Report of the Indian Hemp Drugs Commission, 1894-1895 - Volume V
Year: 1894
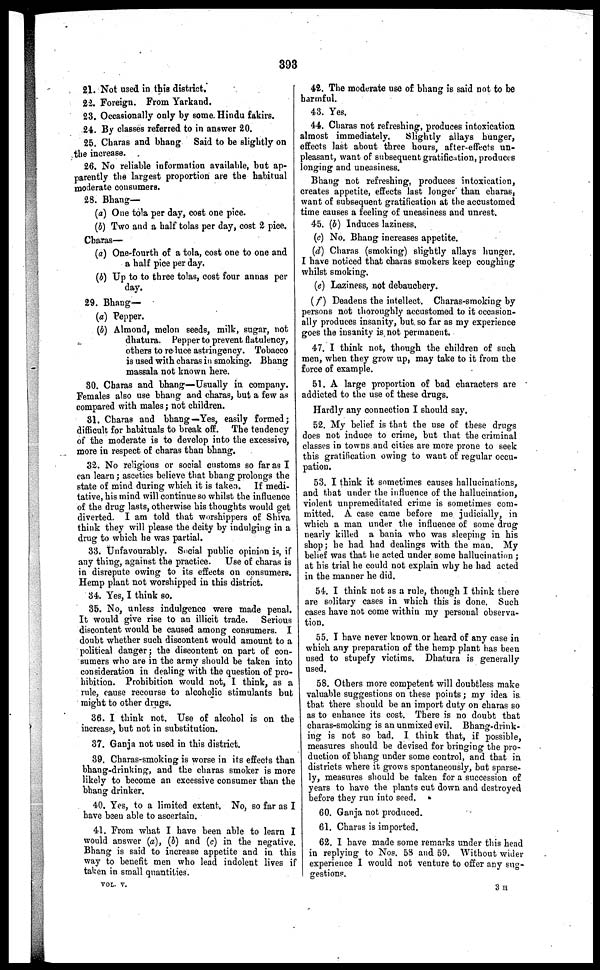
393
21. Not used in this district.
22. Foreign. From Yarkand.
23. Occasionally only by 6ome Hindu fakir6.
24. By classes referred to in answer 20.
25. Charas and bhang Said to be slightly on
the increase.
26. No reliable information available, but ap-
parently the largest proportion are the habitual
moderate consumers.
28. Bhang—
(a) One tola per day, cost one pice.
(b) Two and a half tolas per day, cost 2 pice.
Charas—
(a) One-fourth of a tola, cost one to one and
a half pice per day.
(b) Up to to three tolas, cost four annas per
day.
29. Bhang—
(a) Pepper.
(b) Almond, melon seeds, milk, sugar, not
dhatura. Pepper to prevent flatulency,
others to re luce astringency. Tobacco
is used with charas in smoking. Bhang
massala not known here.
80. Charas and bhang—Usually in company.
Females also use bhang and charas, but a few as
compared with males; not children.
81. Charas and bhang—Yes, easily formed;
difficult for habituals to break off. The tendency
of the moderate is to develop into the excessive,
more in respect of charas than bhang.
32. No religious or social customs so far as I
can learn; ascetics believe that bhang prolongs the
state of mind during which it is taken. If medi-
tative, his mind will continue so whilst the influence
of the drug lasts, otherwise his thoughts would get
diverted. I am told that worshippers of Shiva
think they will please the deity by indulging in a
drug to which he was partial.
33. Unfavourably. Social public opinion is, if
any thing, against the practice. Use of charas is
in disrepute owing to its effects on consumers.
Hemp plant not worshipped in this district.
34. Yes, I think so.
35. No, unless indulgence were made penal.
It would give rise to an illicit trade. Serious
discontent would be caused among consumers. I
doubt whether such discontent would amount to a
political danger; the discontent on part of con-
sumers who are in the army should be taken into
consideration in dealing with the question of pro-
hibition. Prohibition would not, I think, as a
rule, cause recourse to alcoholic stimulants but
might to other drugs.
36. I think not. Use of alcohol is on the
increase, but not in substitution.
37. Ganja not used in this district.
39. Charas-smoking is worse in its effects than
bhang-drinking, and the charas smoker is more
likely to become an excessive consumer than the
bhang drinker.
40. Yes, to a limited extent. No, so far as I
have been able to ascertain.
41. From what I have been able to learn I
would answer (a), (b) and (c) in the negative.
Bhang is said to increase appetite and in this
way to benefit men who lead indolent lives if
taken in small quantities.
VOL. V.
42. The moderate use of bhang is said not to be
harmful.
43. Yes.
44. Charas not refreshing, produces intoxication
almost immediately.
Slightly allays hunger,
effects last about three hours, after-effects un-
pleasant, want of subsequent gratification, produces
longing and uneasiness.
Bhang not refreshing, produces intoxication,
creates appetite, effects last longer than charas,
want of subsequent gratification at the accustomed
time causes a feeling of uneasiness and unrest.
45. (b) Induces laziness.
(c) No. Bhang increases appetite.
(d) Charas (smoking) slightly allays hunger.
I have noticed that charas smokers keep coughing
whilst smoking.
(e) Laziness, not debauchery.
(f) Deadens the intellect. Charas-smoking by
persons not thoroughly accustomed to it occasion-
ally produces insanity, but so far as my experience
goes the insanity is not permanent.
47. I think not, though the children of such
men, when they grow up, may take to it from the
force of example.
51. A large proportion of bad characters are
addicted to the use of these drugs.
Hardly any connection I should say.
52. My belief is that the use of these drugs
does not induce to crime, but that the criminal
classes in towns and cities are more prone to seek
this gratification owing to want of regular occu-
pation.
53. I think it sometimes causes hallucinations,
and that under the influence of the hallucination,
violent unpremeditated crime is sometimes com-
mitted. A case came before me judicially, in
which a man under the influence of some drug
nearly killed a bania who was sleeping in his
shop; be had had dealings with the man. My
belief was that he acted under some hallucination;
at his trial he could not explain why he had acted
in the manner he did.
54. I think not as a rule, though I think there
are solitary cases in which this is done. Such
cases have not come within my personal observa-
tion.
55. I have never known or heard of any case in
which any preparation of the hemp plant has been
used to stupefy victims. Dhatura is generally
used.
58. Others more competent will doubtless make
valuable suggestions on these points; my idea is
that there should be an import duty on charas so
as to enhance its cost. There is no doubt that
charas-smoking is an unmixed evil. Bhang-drink-
ing is not so bad. I think that, if possible,
measures should be devised for bringing the pro-
duction of bhang under some control, and that in
districts where it grows spontaneously, but sparse-
ly, measures should be taken for a succession of
years to have the plants cut down and destroyed
before they run into seed.
60. Ganja not produced.
61. Charas is imported.
62. I have made some remarks under this head
in replying to Nos. 58 and 59. Without wider
experience I would not venture to offer any sug-
gestions.
3 H